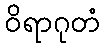
ဝိရာဂုတံ